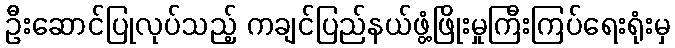
ဦးဆောင်ပြုလုပ်သည့် ကချင်ပြည်နယ်ဖွံ့ဖြိုးမှုကြီးကြပ်ရေးရုံးမှ